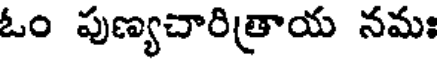
ఓం పుణ్యచారిత్రాయ నమః